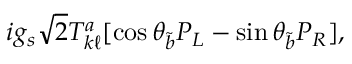
i g _ { s } \sqrt 2 T _ { k \ell } ^ { a } [ \cos \theta _ { \tilde { b } } P _ { L } - \sin \theta _ { \tilde { b } } P _ { R } ] ,